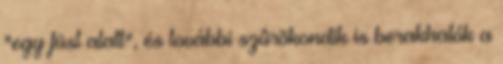
"egy füst alatt", és további szûrõkondik is berakhatók a